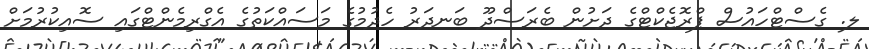
ލ. ގެސްޓްހައުސް ޕްރޮޖެކްޓްގެ ދަށުން ބެރަސްދޫ ބަނދަރު ހެދުމުގެ މަސައްކަތުގެ އެގްރިމެންޓްގައި ސޮއިކުރުމަށް